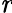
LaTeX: \mathit{r}